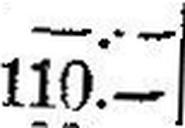
110.—